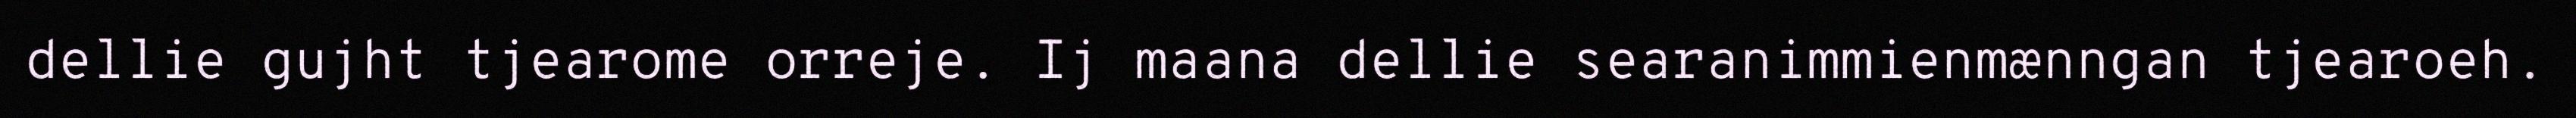
dellie gujht tjearome orreje. Ij maana dellie searanimmienmænngan tjearoeh.